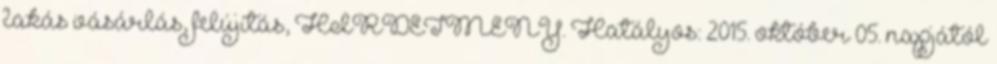
lakás vásárlás, felújítás, HIRDETMÉNY. Hatályos: 2015. október 05. napjától